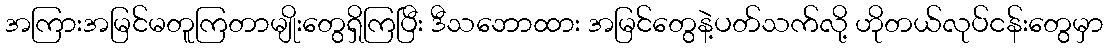
အကြားအမြင်မတူကြတာမျိုးတွေရှိကြပြီး ဒီသဘောထား အမြင်တွေနဲ့ပတ်သက်လို့ ဟိုတယ်လုပ်ငန်းတွေမှာ